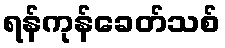
ရန်ကုန်ခေတ်သစ်